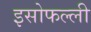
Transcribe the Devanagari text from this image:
इसोफल्ली